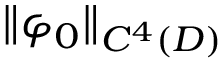
\| \varphi _ { 0 } \| _ { C ^ { 4 } ( D ) }